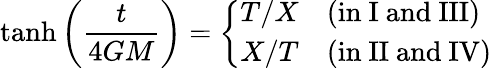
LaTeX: \operatorname{tanh}\left({\frac{t}{4GM}}\right)={\left\{ \begin{array}{ll}{T/X}&{{\mathrm{(in~I~and~III)}}}\\ {X/T}&{{\mathrm{(in~II~and~IV)}}}\end{array}\right.}